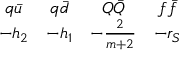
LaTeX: \begin{array} { c c c c } { { q \bar { u } } } & { { q \bar { d } } } & { { Q \bar { Q } } } & { { f \bar { f } } } \\ { { - h _ { 2 } } } & { { - h _ { 1 } } } & { { - { \frac { 2 } { m + 2 } } } } & { { - r _ { S } } } \end{array}